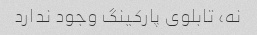
نه، تابلوی پارکینگ وجود ندارد